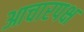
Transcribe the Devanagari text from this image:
आचारपक्ष